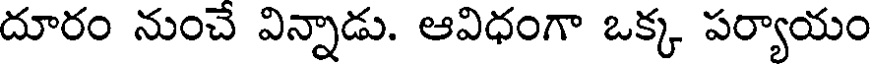
దూరం నుంచే విన్నాడు. ఆవిధంగా ఒక్క పర్యాయం